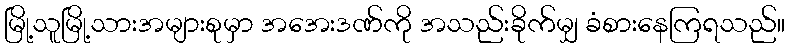
မြို့သူမြို့သားအများစုမှာ အအေးဒဏ်ကို အသည်းခိုက်မျှ ခံစားနေကြရသည်။